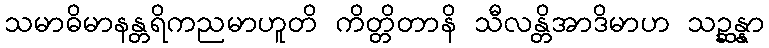
သမာဓိမာနန္တရိကညမာဟူတိ ကိတ္တိတာနိ သီလန္တိအာဒိမာဟ သဉ္ဆန္နာ